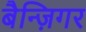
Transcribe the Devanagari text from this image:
बैन्ज़िगर